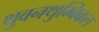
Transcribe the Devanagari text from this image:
थुवनथुम्बिकल